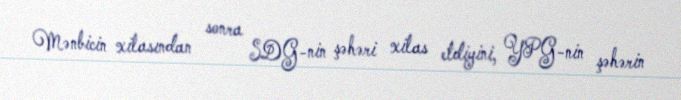
Mənbicin xilasından sonra SDG-nin şəhəri xilas etdiyini, YPG-nin şəhərin